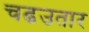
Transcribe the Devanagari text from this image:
चढउतार